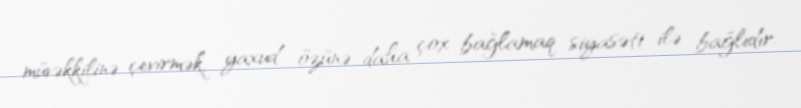
müvəkkilinə çevirmək, yaxud özünə daha çox bağlamaq siyasəti ilə bağlıdır.